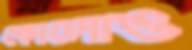
কোলোও